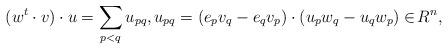
LaTeX: \begin{align*} (w^t\cdot v)\cdot u = \sum_{p<q}u_{pq},u_{pq} = (e_pv_q - e_qv_p)\cdot (u_pw_q - u_qw_p)\in{}\!R^n, \end{align*}